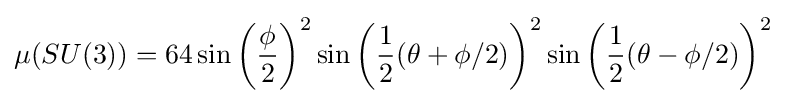
\mu (SU(3))=64\sin \left({\frac {\phi }{2}}\right)^{2}\sin \left({\frac {1}{2}}(\theta +\phi /2)\right)^{2}\sin \left({\frac {1}{2}}(\theta -\phi /2)\right)^{2}